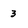
Character: 3